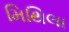
મિથિલા